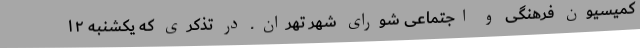
کمیسیون فرهنگی و اجتماعی شورای شهر تهران ـ در تذکری که یکشنبه ۱۲